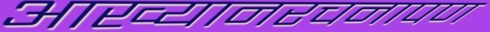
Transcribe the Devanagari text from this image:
आख्यानरचनापण